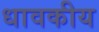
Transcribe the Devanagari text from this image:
धावकीय